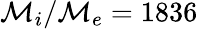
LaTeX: \mathcal{M}_{i}/\mathcal{M}_{e}=1836